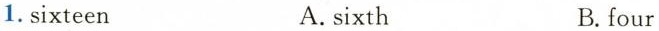
1.sixteen A.sixth B. four